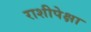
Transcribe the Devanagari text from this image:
राशीपेक्षा